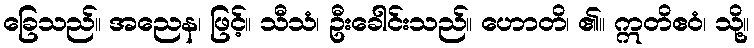
ခြေသည်။ အညေန၊ ဖြင့်။ သီသံ၊ ဦးခေါင်းသည်။ ဟောတိ၊ ၏။ ဣတိဧဝံ၊ သို့။